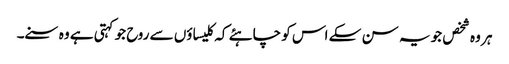
ہر وہ شخص جو یہ سن سکے اس کو چاہئے کہ کلیسا ؤں سے روح جو کہتی ہے وہ سنے۔